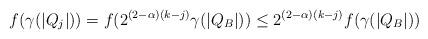
LaTeX: \begin{align*}f(\gamma(|Q_j|)) = f(2^{(2-\alpha)(k-j)}\gamma(|Q_B|)) \leq 2^{(2-\alpha)(k-j)} f(\gamma(|Q_B|))\end{align*}